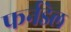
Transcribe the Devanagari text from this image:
फर्नडेल